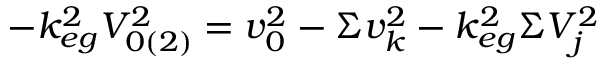
- k _ { e g } ^ { 2 } V _ { 0 ( 2 ) } ^ { 2 } = v _ { 0 } ^ { 2 } - \Sigma v _ { k } ^ { 2 } - k _ { e g } ^ { 2 } \Sigma V _ { j } ^ { 2 }